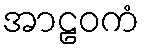
အာဠဝကံ